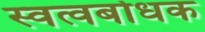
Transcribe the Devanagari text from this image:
स्वत्वबोधक